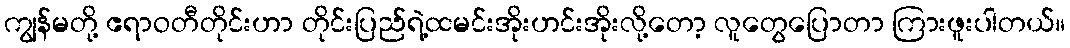
ကျွန်မတို့ ဧရာဝတီတိုင်းဟာ တိုင်းပြည်ရဲ့ထမင်းအိုးဟင်းအိုးလို့တော့ လူတွေပြောတာ ကြားဖူးပါတယ်။